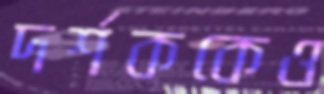
দর্শককেও